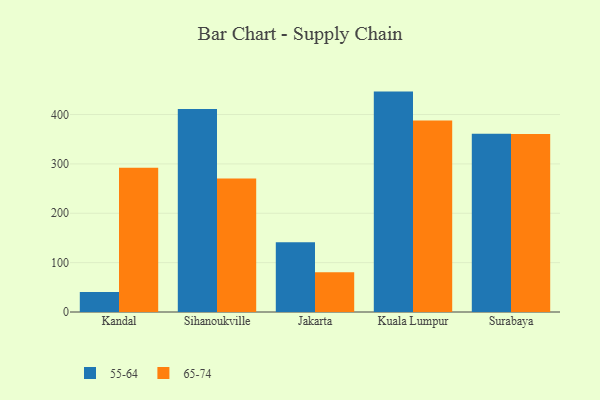
{"axis": {"x": "City", "y": "Backlog"}, "legend": ["55-64", "65-74"], "data": [{"x": "Kandal", "y": 40.6, "type": "55-64"}, {"x": "Kandal", "y": 292.0, "type": "65-74"}, {"x": "Sihanoukville", "y": 411.4, "type": "55-64"}, {"x": "Sihanoukville", "y": 270.7, "type": "65-74"}, {"x": "Jakarta", "y": 141.3, "type": "55-64"}, {"x": "Jakarta", "y": 80.5, "type": "65-74"}, {"x": "Kuala Lumpur", "y": 446.5, "type": "55-64"}, {"x": "Kuala Lumpur", "y": 387.9, "type": "65-74"}, {"x": "Surabaya", "y": 361.3, "type": "55-64"}, {"x": "Surabaya", "y": 360.5, "type": "65-74"}]}